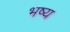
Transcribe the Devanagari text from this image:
भष्य